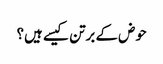
حوض کے برتن کیسے ہیں؟